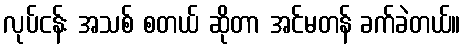
လုပ်ငန်း အသစ် စတယ် ဆိုတာ အင်မတန် ခက်ခဲတယ်။